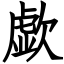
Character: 歔